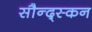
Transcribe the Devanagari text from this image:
सौन्द्स्कन